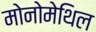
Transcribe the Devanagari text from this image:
मोनोमेथिल